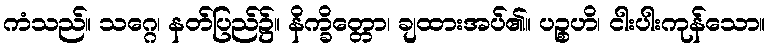
ကံသည်။ သဂ္ဂေ၊ နတ်ပြည်၌။ နိက္ခိတ္တော၊ ချထားအပ်၏။ ပဉ္စဟိ၊ ငါးပါးကုန်သော။